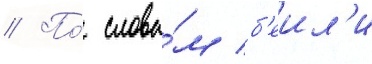
// По́ слова́м б'еил'и